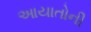
આયાતોની